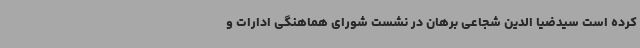
کرده است سیدضیا الدین شجاعی برهان در نشست شورای هماهنگی ادارات و